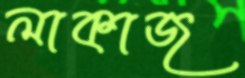
লাকাজ